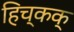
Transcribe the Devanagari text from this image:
हिच्कक्